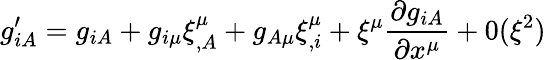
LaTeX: g_{iA}^{\prime}=g_{iA}+g_{i\mu}\xi_{,A}^{\mu}+g_{A\mu}\xi_{,i}^{\mu}+\xi^{\mu}\frac{\partial g_{iA}}{\partial x^{\mu}}+0(\xi^{2})